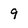
Character: 9